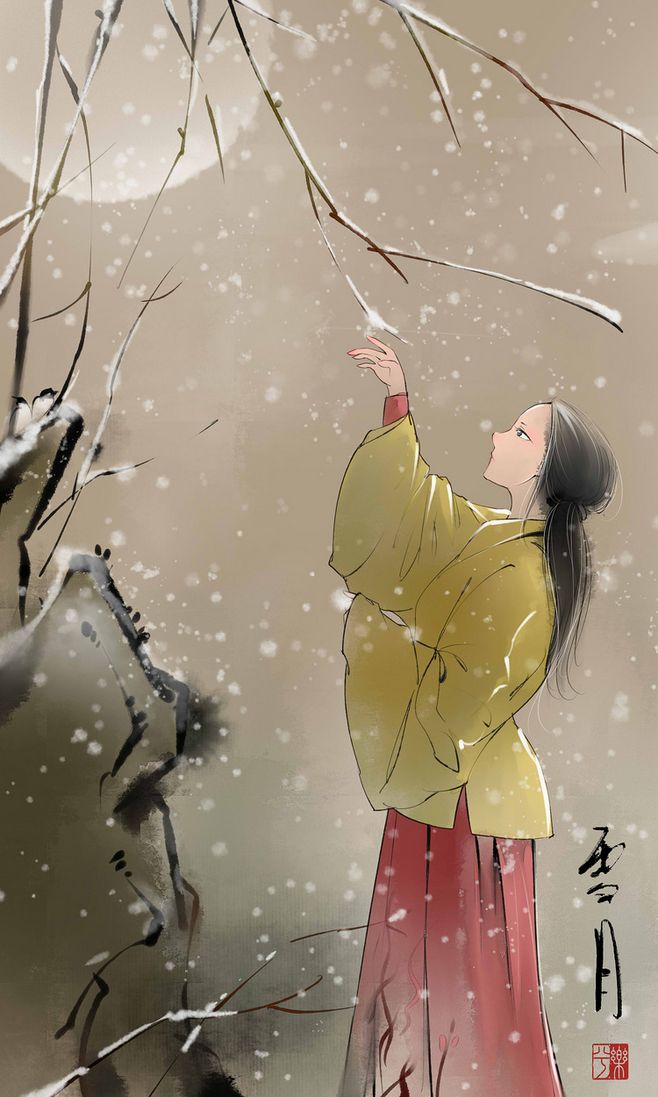
一丛萱草，几竿修竹，数叶芭蕉。